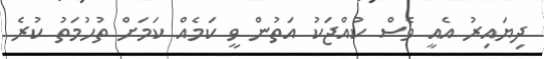
ދިޔައިރު އެއީ ވެސް ކުއްޖަކު އަތުން ވީ ކަމެއް ކަމަށް ތުހުމަތު ކުރެ